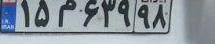
۱۵م۶۳۹۹۸